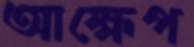
আক্ষেপ